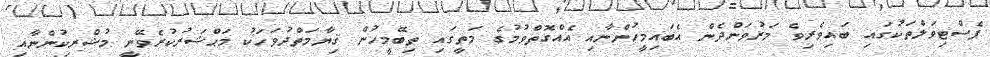
ފެސްޓިވަލްތަކުގައި ބައިވެރިވެ މަރުވަންދެން އެބައިމީހުންނާއި އެއްގޮތްވުމުގެ މަތީގައި ތިބޭމީހުން ޤިޔާމަތްދުވަހަކު މަޙްޝަރުކުރެވޭނީ މުޝްރިކުންނާއި